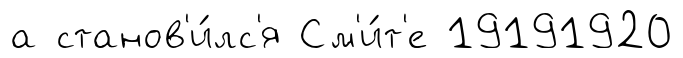
а станов'и́лс'я См'и́т'е 19191920